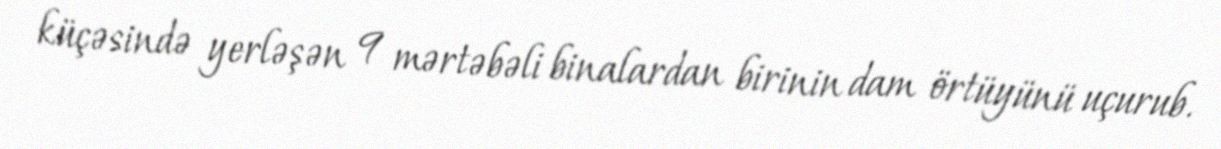
küçəsində yerləşən 9 mərtəbəli binalardan birinin dam örtüyünü uçurub.